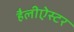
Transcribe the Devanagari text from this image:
हैलीऐस्टर